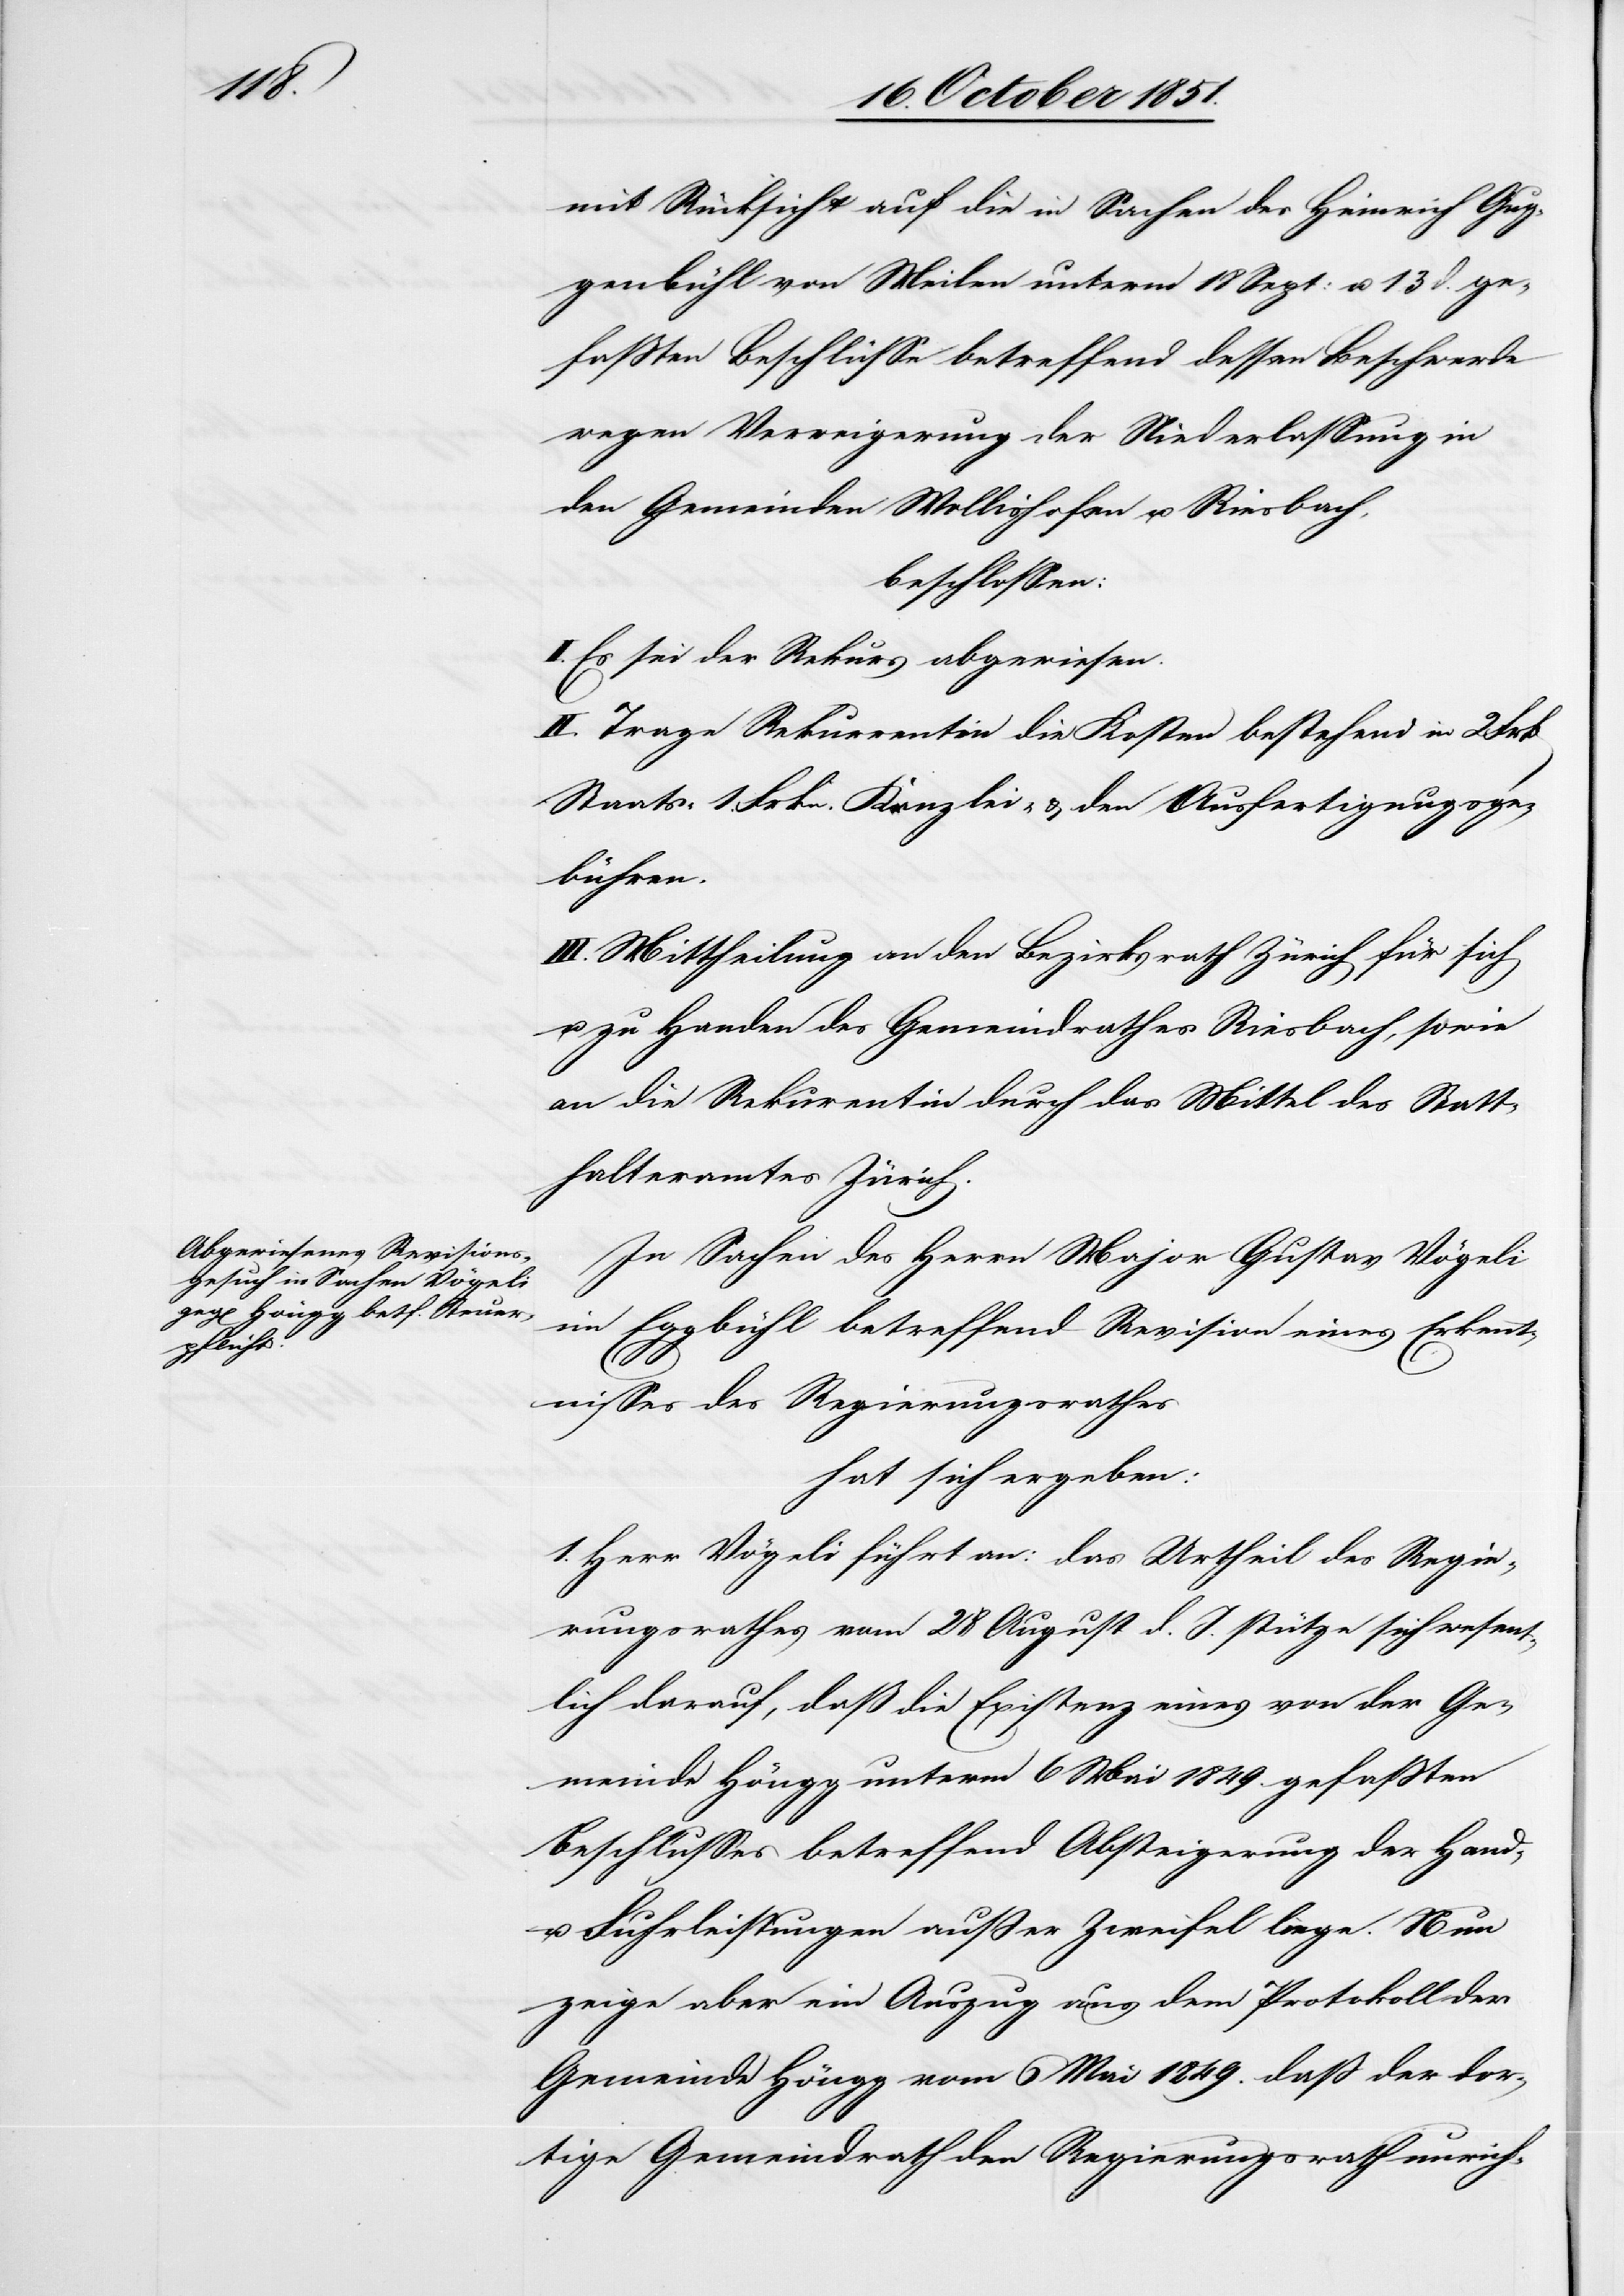
mit Rücksicht auf die in Sachen des Heinrich Gug¬
genbühl von Meilen unterm 18 Sept: u. 13 d. ge¬
faßten Beschlüsse betreffend dessen Beschwerde
wegen Verweigerung der Niederlassung in
den Gemeinden Wollishofen u. Riesbach,
beschlossen:
I. Es sei der Rekurs abgewiesen.
II. Trage Rekurrentin die Kosten bestehend in 2 Frk
Staats-[,] 1. Frkn. Kanzlei- & den Ausfertigungsge¬
bühren.
III. Mittheilung an den Bezirksrath Zürich für sich
u. zu Handen des Gemeindrathes Riesbach, sowie
an die Rekur[r]entin durch das Mittel des Statt¬
halteramtes Zürich.
In Sachen des Herrn Major Gustav Vögeli
im Eggbühl betreffend Revision eines Erkennt¬
nisses des Regierungsrathes
hat sich ergeben:
1. Herr Vögeli führt an: das Urtheil des Regie¬
rungsrathes vom 28 August d. J. stütze sich wesent¬
lich darauf, daß die Existenz eines von der Ge¬
meinde Höngg unterm 6 Mai 1849 gefaßten
Beschlusses betreffend Absteigerung der Hand-
u. Fuhrleistungen außer Zweifel liege. Nun
zeige aber ein Auszug aus dem Protokoll der
Gemeinde Höngg vom 6 Mai 1849. daß der dor¬
tige Gemeindrath den Regierungsrath unrich-